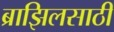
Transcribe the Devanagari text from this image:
ब्राझिलसाठी